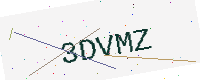
Text: 3DVMZ